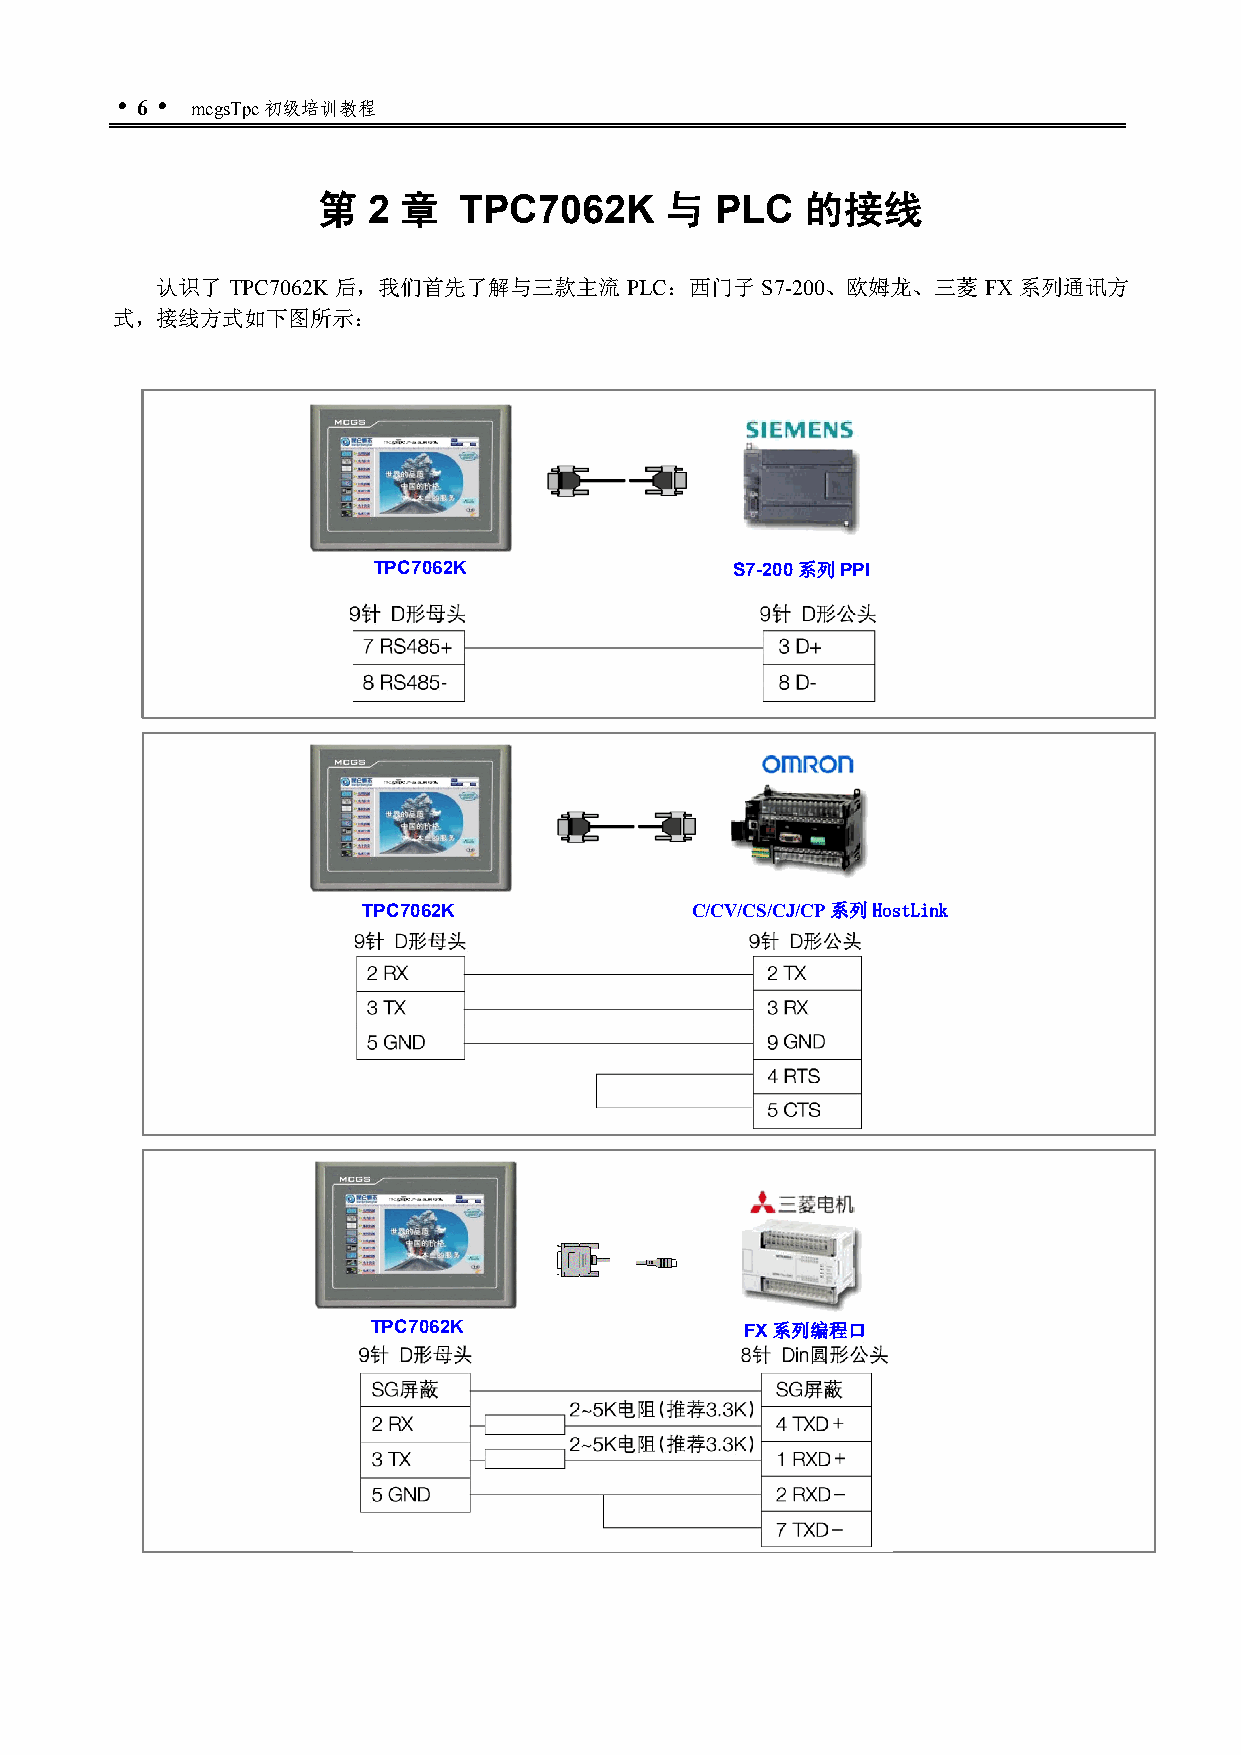
 6  mcgsTpc初级培训教程
 第  2 章   TPC7062K      与  PLC   的接线
 认识了  TPC7062K 后，我们首先了解与三款主流    PLC：西门子  S7-200、欧姆龙、三菱  FX 系列通讯方
 式，接线方式如下图所示：
 TPC7062K               S7-200系列PPI
 TPC7062K              C/CV/CS/CJ/CP系列HostLink
 TPC7062K                FX系列编程口